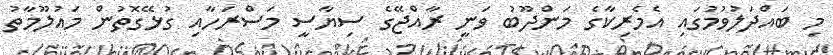
މި ބައްދަލުވުމުގައި އެމެރިކާގެ މަންދޫބު ވަނީ ރާއްޖޭގެ ސިޔާސީ މަސްރަހާއި ގުޅޭގޮތުން މައުލޫމާތު